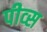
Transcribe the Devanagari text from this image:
पीव्स